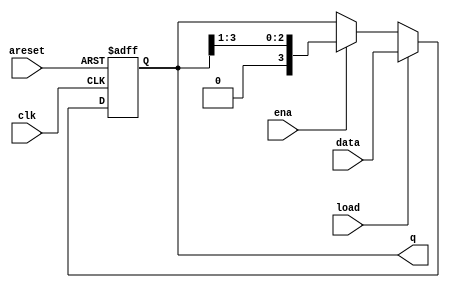
module four_bit_shift_register (
    input clk, areset, ena, load,
    input [3:0] data,
    output reg [3:0] q);

    always @(posedge clk or posedge areset) begin
        if (areset) begin
            q <= 0;
        end
        else if(load) begin
            q <= data;
        end
        else if(ena) begin
            // q[3] <= 0;
            // q[2] <= data[3];
            // q[1] <= data[2];
            // q[0] <= data[1];
            // Data must be shifted within the q register, data must not be taken directly from the data array.
            q <= {1'b0, q[3:1]};
        end
    end
endmodule

///////////////////////////////////////////////////////////////////////////////////////////////////////////////////////

module rotator (
    input clk, load,
    input [1:0] ena,
    input [99:0] data,
    output reg [99:0] q);

    always @(posedge clk) begin
        if (load) begin
            q <= data;
        end
        else begin
            case (ena)
            2'b01 : q <= {q[0], q[99:1]}; 
            2'b10 : q <= {q[98:0], q[99]}; 
            default : q <= q;
            endcase
        end
    end 
endmodule